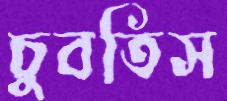
চুবতিস